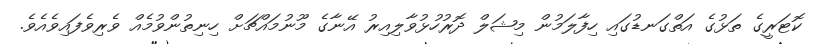
ކޮޓަރީގެ ތަޅުގެ އަތްގަނޑުގައި ހިފާލަމުން މިޝަލް ދޮރުހުޅުވާލިއިރު އޭނާގެ މޫނުމައްޗަށް ހިނިތުންވުމެއް ވެރިވެފައިވެއެވެ.